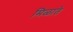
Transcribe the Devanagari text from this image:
मिळाते